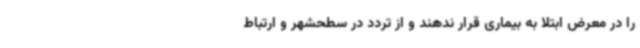
را در معرض ابتلا به بیماری قرار ندهند و از تردد در سطحشهر و ارتباط